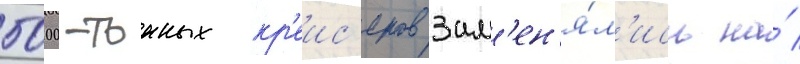
5000-тонных кр'еис'еров зам'ен'я́л'ись на́